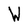
Character: W